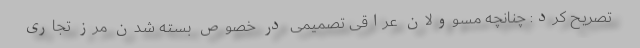
تصریح کرد: چنانچه مسوولان عراقی تصمیمی در خصوص بسته شدن مرز تجاری